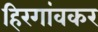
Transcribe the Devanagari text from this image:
हिरगांवकर